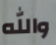
والله